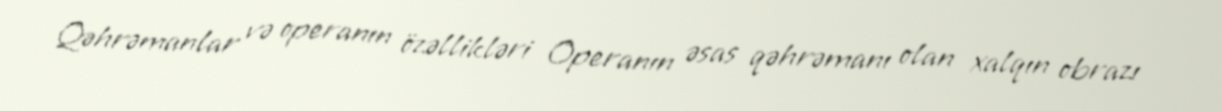
Qəhrəmanlar və operanın özəllikləri Operanın əsas qəhrəmanı olan xalqın obrazı